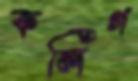
কলিগ